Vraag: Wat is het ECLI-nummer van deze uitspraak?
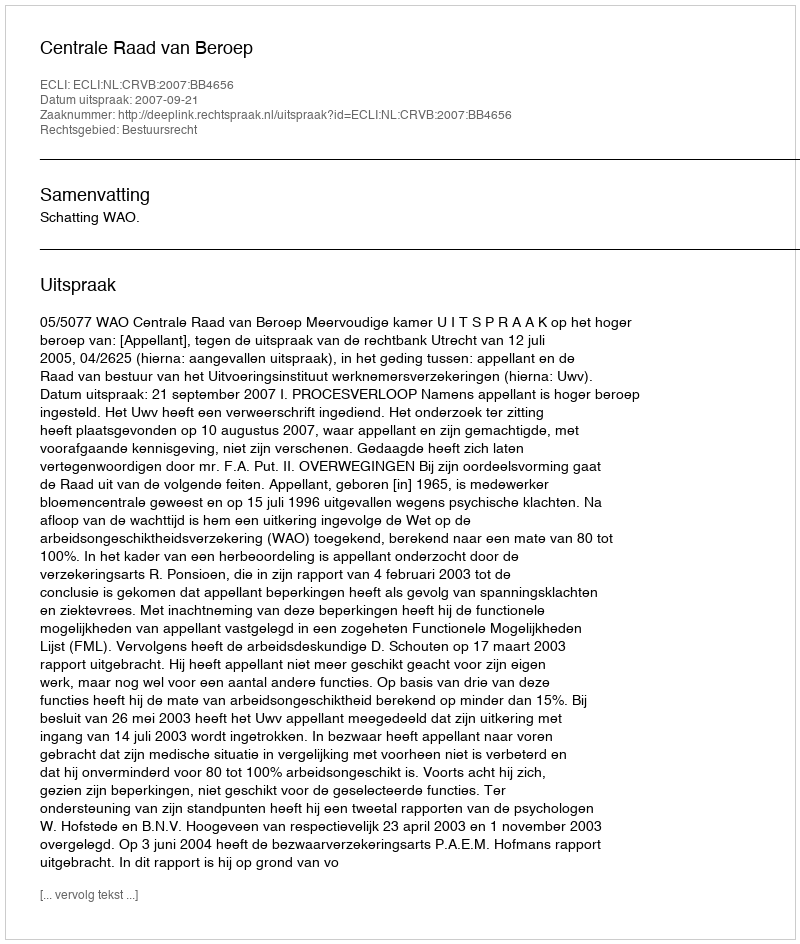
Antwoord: ECLI:NL:CRVB:2007:BB4656